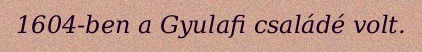
1604-ben a Gyulafi családé volt.